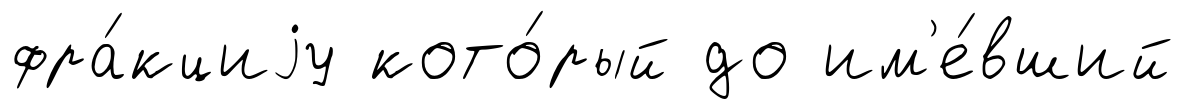
фра́кциjу кото́рый до им'е́вший